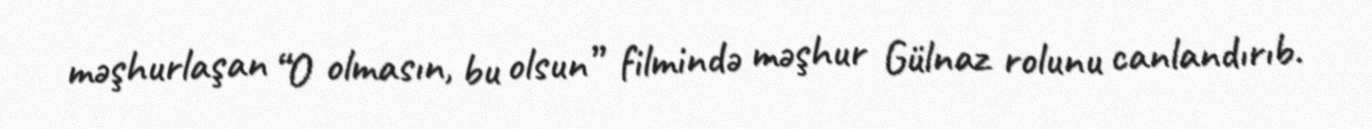
məşhurlaşan “O olmasın, bu olsun” filmində məşhur Gülnaz rolunu canlandırıb.